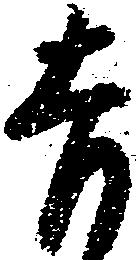
吉